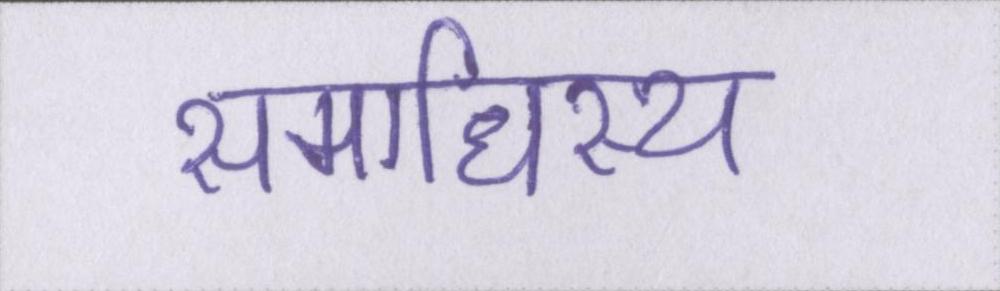
समाधिस्थ